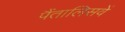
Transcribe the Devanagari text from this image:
पैंतालिसवें